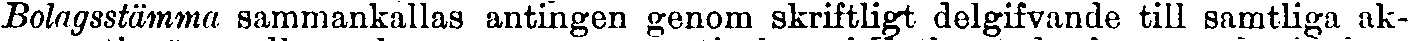
Bolagsstämma sammankallas antingen genom skriftligt delgifvande till samtliga ak-